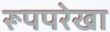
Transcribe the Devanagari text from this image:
रूपपरेखा